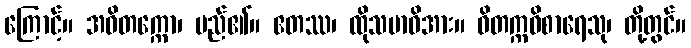
ကြောင့်။ အဝိတက္ကော၊ မည်၏။ ဧတဿ၊ ထိုသမာဓိအား။ ဝိတက္ကဝိစာရေသု၊ တို့တွင်။